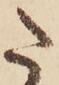
た